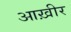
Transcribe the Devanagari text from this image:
आख़ीर